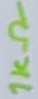
Text: 1KΩ